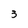
Character: 3